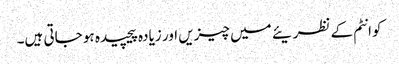
کوانٹم کے نظریئے میں چیزیں اور زیادہ پیچیدہ ہو جاتی ہیں۔